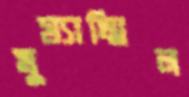
মুয্যাম্মিল